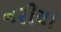
નરીયા